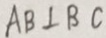
A B \bot B C